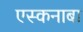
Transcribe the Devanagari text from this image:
एस्कनाबा